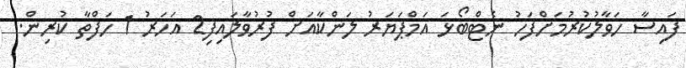
ފައިސާ ހަވާލުކުރުމަށްފަހު ނެޓްބޯޅަ އަމްޕަޔަރު ލަންކާއަށް ފުރުވާލައިފި2 އަހަރު 1 ހަފްތާ ކުރިން.